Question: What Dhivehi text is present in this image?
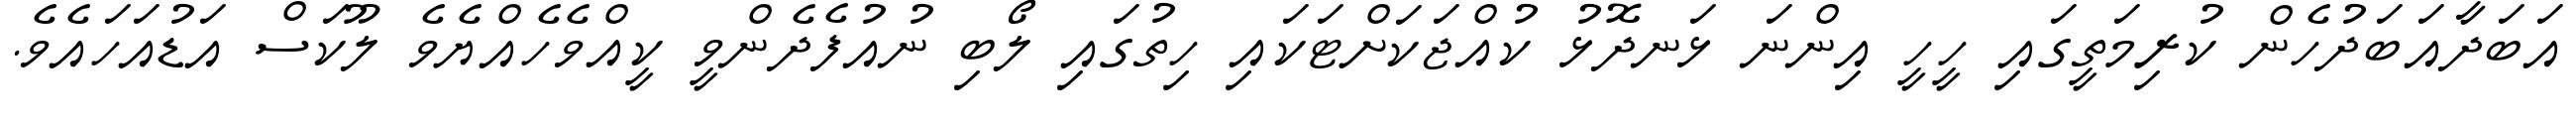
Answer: އަބަދާއަބަދުހެން ކުރިމަތީގައި ހީހީ އިންނަ ޅަނދޮޅު ކުއްޖަކަށްޓަކައި ހިތުގައި ލޯބި ނުއުފެދެންވީ ކީއްވެހެއްޔެވެ ލޫކަސް އަޑުއަހައެވެ.